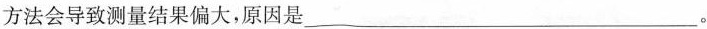
方法会导致测量结果偏大，原因是___。